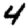
Digit: 4